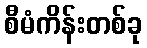
စီမံကိန်းတစ်ခု